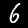
Label: 6